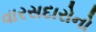
વારસદારોનો